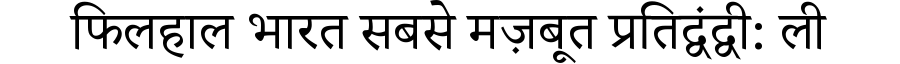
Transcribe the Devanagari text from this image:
फिलहाल भारत सबसे मज़बूत प्रतिद्वंद्वी: ली